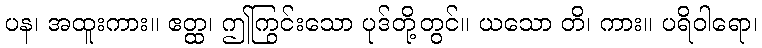
ပန၊ အထူးကား။ ဧတ္ထ၊ ဤကြွင်းသော ပုဒ်တို့တွင်။ ယသော တိ၊ ကား။ ပရိဝါရော၊